Insane asylums in Bengal annual reports 1867-1875 - 1867-1875
Year: 1867
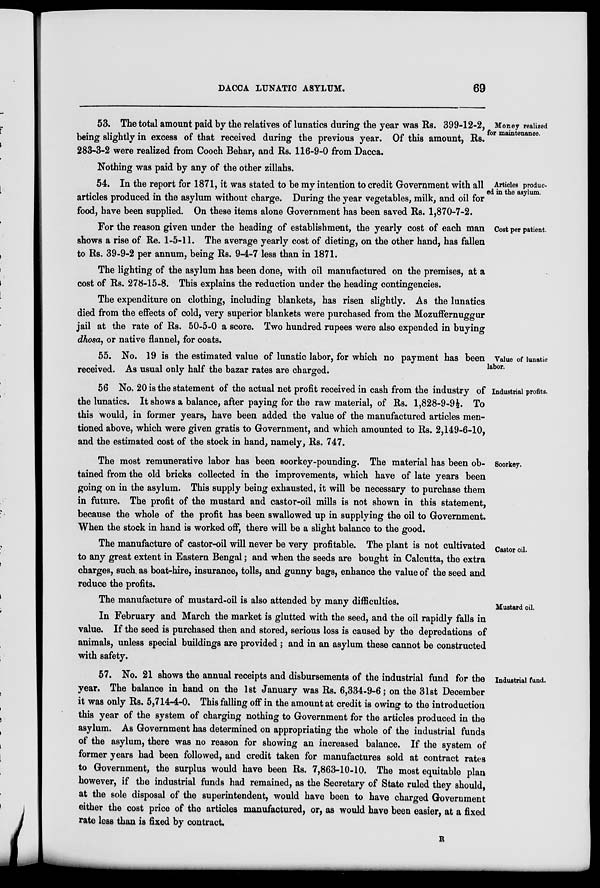
DACCA LUNATIC ASYLUM.
69
Money realized
for maintenance.
53. The total amount paid by the relatives of lunatics during the year was Rs. 399-12-2,
being slightly in excess of that received during the previous year. Of this amount, Rs.
283-3-2 were realized from Cooch Behar, and Rs. 116-9-0 from Dacca.
Nothing was paid by any of the other zillahs.
Articles produc¬
ed in the asylum.
54. In the report for 1871, it was stated to be my intention to credit Government with all
articles produced in the asylum without charge. During the year vegetables, milk, and oil for
food, have been supplied. On these items alone Government has been saved Rs. 1,870-7-2.
Cost per patient.
For the reason given under the heading of establishment, the yearly cost of each man
shows a rise of Re. 1-5-11. The average yearly cost of dieting, on the other hand, has fallen
to Rs. 39-9-2 per annum, being Rs. 9-4-7 less than in 1871.
The lighting of the asylum has been done, with oil manufactured on the premises, at a
cost of Rs. 278-15-8. This explains the reduction under the heading contingencies.
The expenditure on clothing, including blankets, has risen slightly. As the lunatics
died from the effects of cold, very superior blankets were purchased from the Mozuffernuggur
jail at the rate of Rs. 50-5-0 a score. Two hundred rupees were also expended in buying
dhosa, or native flannel, for coats.
Value of lunatic
labor.
55. No. 19 is the estimated value of lunatic labor, for which no payment has been
received. As usual only half the bazar rates are charged.
Industrial profits.
56 No. 20 is the statement of the actual net profit received in cash from the industry of
the lunatics. It shows a balance, after paying for the raw material, of Rs. 1,828-9-9½. To
this would, in former years, have been added the value of the manufactured articles men-
tioned above, which were given gratis to Government, and which amounted to Rs. 2,149-6-10,
and the estimated cost of the stock in hand, namely, Rs. 747.
Soorkey.
The most remunerative labor has been soorkey-pounding. The material has been ob-
tained from the old bricks collected in the improvements, which have of late years been
going on in the asylum. This supply being exhausted, it will be necessary to purchase them
in future. The profit of the mustard and castor-oil mills is not shown in this statement,
because the whole of the profit has been swallowed up in supplying the oil to Government.
When the stock in hand is worked off, there will be a slight balance to the good.
Castor oil.
The manufacture of castor-oil will never be very profitable. The plant is not cultivated
to any great extent in Eastern Bengal; and when the seeds are bought in Calcutta, the extra
charges, such as boat-hire, insurance, tolls, and gunny bags, enhance the value of the seed and
reduce the profits.
Mustard oil.
The manufacture of mustard-oil is also attended by many difficulties.
In February and March the market is glutted with the seed, and the oil rapidly falls in
value. If the seed is purchased then and stored, serious loss is caused by the depredations of
animals, unless special buildings are provided; and in an asylum these cannot be constructed
with safety.
Industrial fund.
57. No. 21 shows the annual receipts and disbursements of the industrial fund for the
year. The balance in hand on the 1st January was Rs. 6,334-9-6; on the 31st December
it was only Rs. 5,714-4-0. This falling off in the amount at credit is owing to the introduction
this year of the system of charging nothing to Government for the articles produced in the
asylum. As Government has determined on appropriating the whole of the industrial funds
of the asylum, there was no reason for showing an increased balance. If the system of
former years had been followed, and credit taken for manufactures sold at contract rates
to Government, the surplus would have been Rs. 7,863-10-10. The most equitable plan
however, if the industrial funds had remained, as the Secretary of State ruled they should,
at the sole disposal of the superintendent, would have been to have charged Government
either the cost price of the articles manufactured, or, as would have been easier, at a fixed
rate less than is fixed by contract.
R